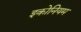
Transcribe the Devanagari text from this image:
इकोनियम